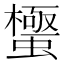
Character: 𮔼